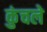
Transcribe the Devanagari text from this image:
कुंचले